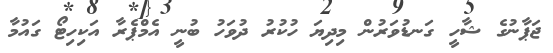
ޖަޕާނުގެ ޝާހީ ގަނޑުވަރުން މިދިޔަ ހުކުރު ދުވަހު ބުނީ އެމްޕެރާ އަކިހިޓޯ ގައުމާ